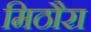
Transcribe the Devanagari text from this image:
मिठौरा